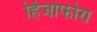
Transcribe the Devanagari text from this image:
र्हिजोफोरा